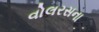
વોલરસના